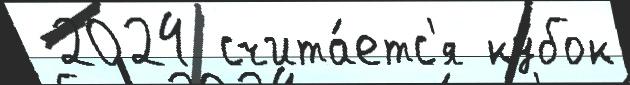
 2024 счита́етс'я ку́бок